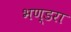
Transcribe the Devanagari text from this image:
भण्डरा